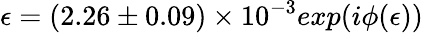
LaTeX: \epsilon=(2.26\pm 0.09)\times 10^{-3}exp(i\phi(\epsilon))